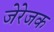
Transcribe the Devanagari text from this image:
जेरेजक